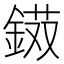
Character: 𨨭